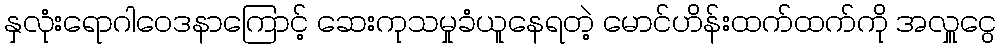
နှလုံးရောဂါဝေဒနာကြောင့် ဆေးကုသမှုခံယူနေရတဲ့ မောင်ဟိန်းထက်ထက်ကို အလှူငွေ